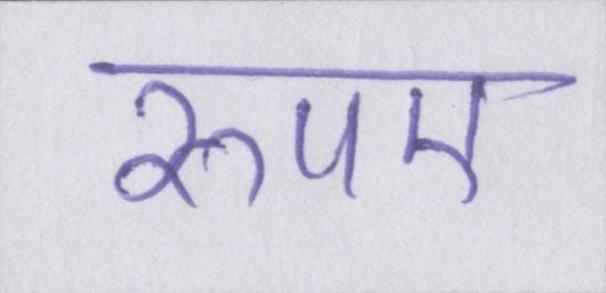
रुपए